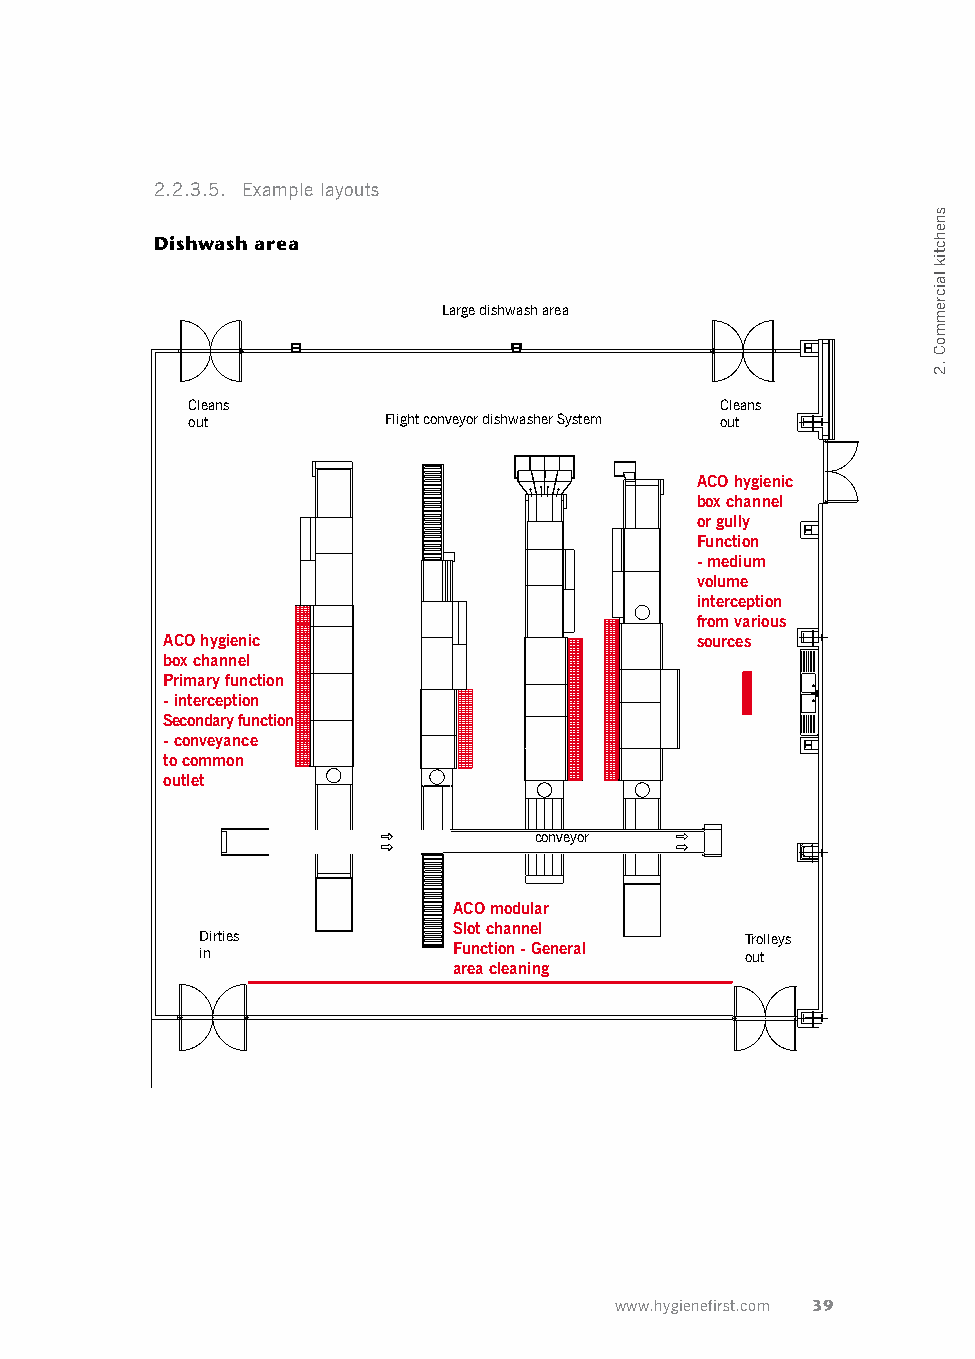
2.2.3.5. Example layouts
 Dishwash area
 Large dishwash area
 Cleans                              Cleans
 out          Flight conveyor dishwasher System out
 ACO hygienic
 box channel
 or gully
 Function
 - medium
 volume
 interception
 from various
 ACO hygienic                       sources
 box channel
 Primary function
 - interception
 Secondary function
 - conveyance
 to common
 outlet
 conveyor
 ACO modular
 Slot channel
 Dirties                             Trolleys
 in               Function - General out
 area cleaning
 www.hygienefirst.com 39
 snehctik
 laicremmoC
 .2